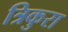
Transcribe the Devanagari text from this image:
त्रिकुरा